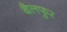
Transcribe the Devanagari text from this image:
बैलफुर